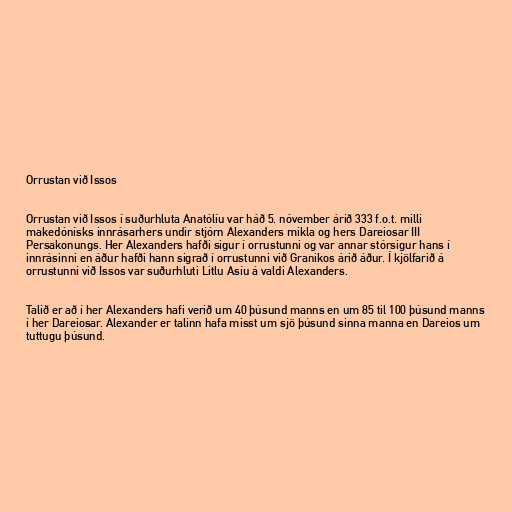
Orrustan við Issos

Orrustan við Issos í suðurhluta Anatólíu var háð 5. nóvember árið 333 f.o.t. milli
makedónísks innrásarhers undir stjórn Alexanders mikla og hers Dareiosar III
Persakonungs. Her Alexanders hafði sigur í orrustunni og var annar stórsigur hans í
innrásinni en áður hafði hann sigrað í orrustunni við Granikos árið áður. Í kjölfarið á
orrustunni við Issos var suðurhluti Litlu Asíu á valdi Alexanders.

Talið er að í her Alexanders hafi verið um 40 þúsund manns en um 85 til 100 þúsund manns
í her Dareiosar. Alexander er talinn hafa misst um sjö þúsund sinna manna en Dareios um
tuttugu þúsund.